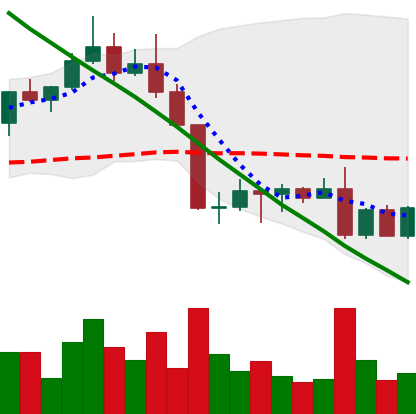
Ticker: ADA-USD
Chart end date: 2022-08-29
Forward return: 6.586%
Label: up_5_7